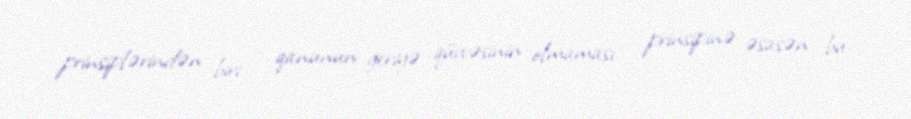
prinsiplərindən biri – qanunun geriyə qüvvəsinin olmaması – prinsipinə əsasən bu